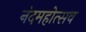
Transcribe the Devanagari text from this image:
नंदमहोत्सव